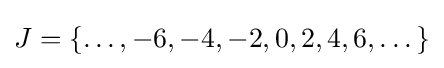
J=\{\dots ,-6,-4,-2,0,2,4,6,\dots \}